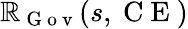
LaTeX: \mathbb{R}_{\mathrm{{~G~o~v~}}}(s,\mathrm{{~C~E~}})